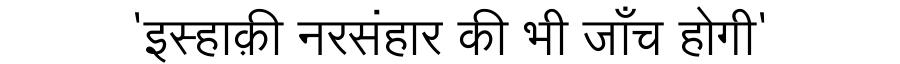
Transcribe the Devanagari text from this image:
'इस्हाक़ी नरसंहार की भी जाँच होगी'